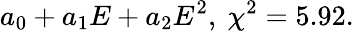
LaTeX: a_{0}+a_{1}E+a_{2}E^{2},\ \chi^{2}=5.92.